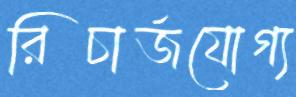
রিচার্জযোগ্য